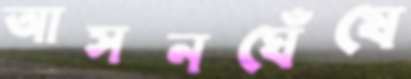
আসনঘেঁষে